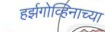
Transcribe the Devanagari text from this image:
हर्झगोव्हिनाच्या